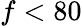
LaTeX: f<80